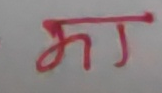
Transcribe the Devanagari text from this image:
मा